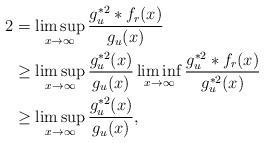
LaTeX: \begin{align*} 2 &= \limsup_{x\to\infty} \frac{g_u^{\ast 2} \ast f_r(x)}{g_u(x)} \\ &\ge \limsup_{x\to\infty} \frac{g_u^{\ast 2}(x)}{g_u(x)} \liminf_{x\to \infty} \frac{g_u^{\ast 2} \ast f_r(x)}{g_u^{\ast 2}(x)} \\ &\ge \limsup_{x\to\infty} \frac{g_u^{\ast 2}(x)}{g_u(x)},\end{align*}